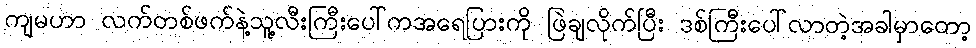
ကျမဟာ လက်တစ်ဖက်နဲ့သူ့လီးကြီးပေါ်ကအရေပြားကို ဖြဲချလိုက်ပြီး ဒစ်ကြီးပေါ်လာတဲ့အခါမှာတော့